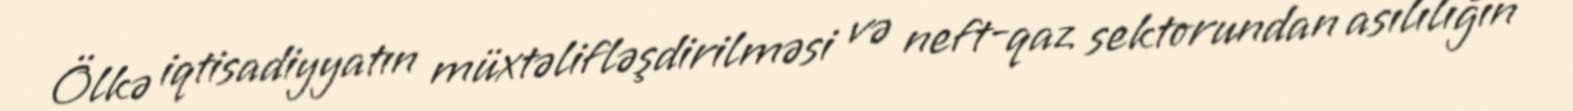
Ölkə iqtisadiyyatın müxtəlifləşdirilməsi və neft-qaz sektorundan asılılığın